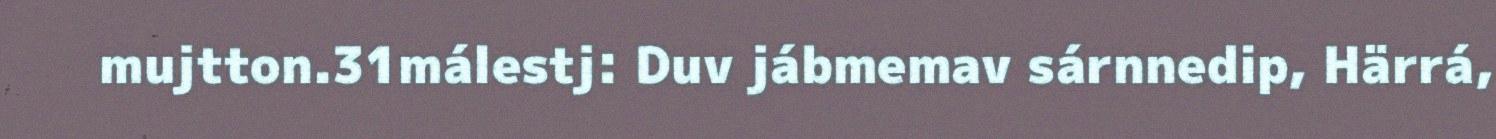
mujtton.31málestj: Duv jábmemav sárnnedip, Härrá,